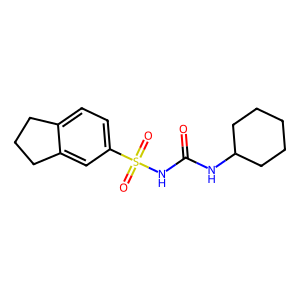
SMILES: O=C(NC1CCCCC1)NS(=O)(=O)c1ccc2c(c1)CCC2
Inhibits HIV replication: No